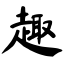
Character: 趣